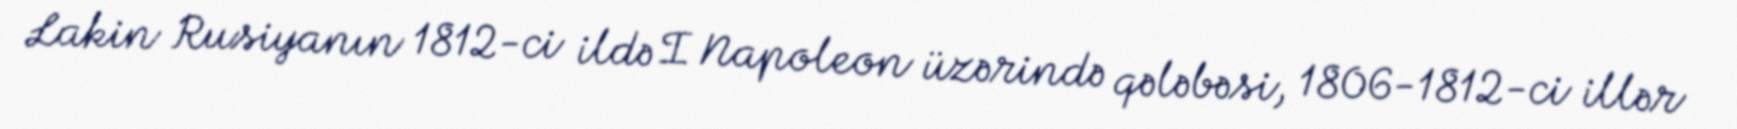
Lakin Rusiyanın 1812-ci ildə I Napoleon üzərində qələbəsi, 1806-1812-ci illər